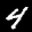
Label: 4